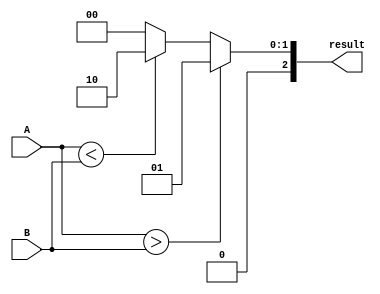
module comparator_16bit (
    input [15:0] A,
    input [15:0] B,
    output reg [2:0] result
);

always @ (*) begin
    if (A > B) begin
        result = 3'b001; // A greater than B
    end else if (A < B) begin
        result = 3'b010; // B greater than A
    end else begin
        result = 3'b000; // A and B are equal
    end
end

endmodule